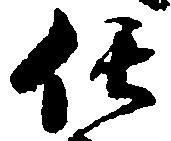
任